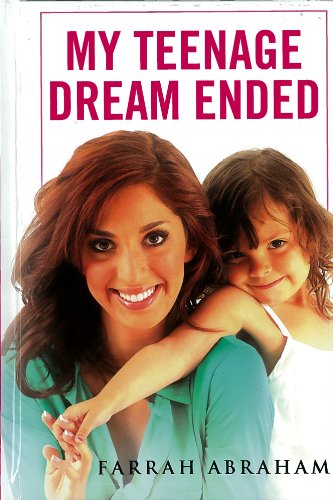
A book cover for My Teenage Dream Ended; Farrah Abraham; Humor & Entertainment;